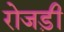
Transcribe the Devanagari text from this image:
रोजड़ी